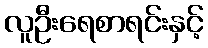
လူဦးရေစာရင်းနှင့်